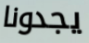
يجدونا